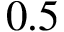
0 . 5